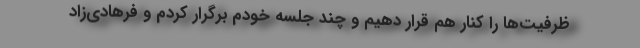
ظرفیت‌ها را کنار هم قرار دهیم و چند جلسه خودم برگرار کردم و فرهادی‌زاد